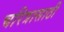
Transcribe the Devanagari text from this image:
चरित्रासाठी